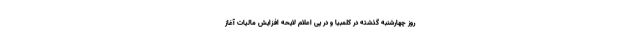
روز چهارشنبه گذشته در کلمبیا و در پی اعلام لایحه افزایش مالیات آغاز